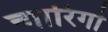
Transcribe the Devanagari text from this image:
न्गारिगो